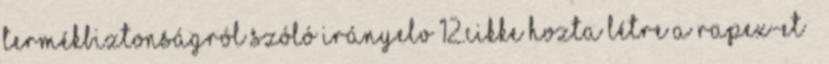
termékbiztonságról szóló irányelv 12.cikke hozta létre a RAPEX-et 